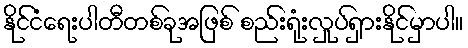
နိုင်ငံရေးပါတီတစ်ခုအဖြစ် စည်းရုံးလှုပ်ရှားနိုင်မှာပါ။